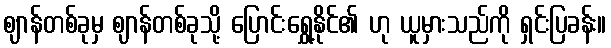
ဈာန်တစ်ခုမှ ဈာန်တစ်ခုသို့ ပြောင်းရွှေ့နိုင်၏ ဟု ယူမှားသည်ကို ရှင်းပြခန်း။